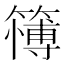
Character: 𱸪